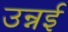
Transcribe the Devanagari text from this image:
उन्नई